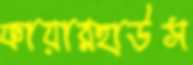
ফায়ারহাউস